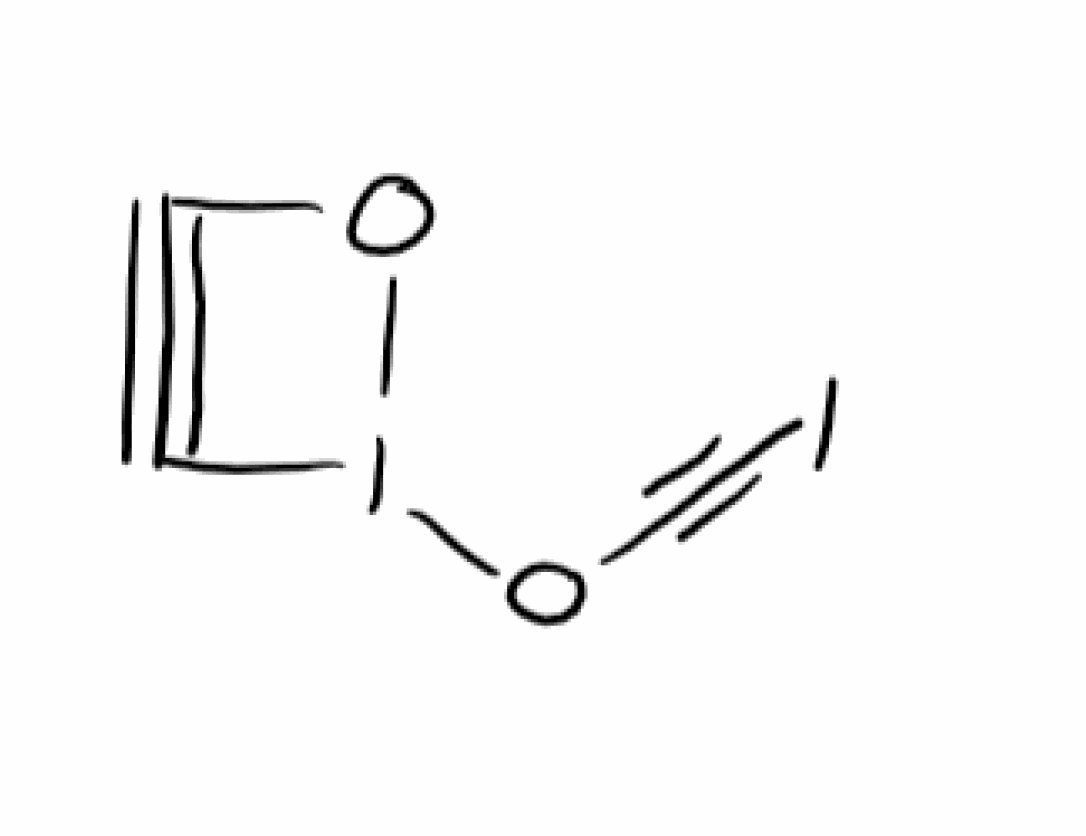
Simplified molecular-input line-entry system (SMILES) notation of the given molecule:
C1#CI(O1)OC#CI